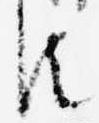
臣